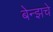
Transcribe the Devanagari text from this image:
बेन्झचे